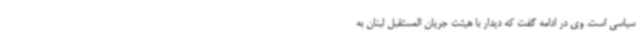
سیاسی است. وی در ادامه گفت که دیدار با هیئت جریان المستقبل لبنان به